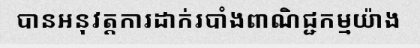
បានអនុវត្តការដាក់របាំងពាណិជ្ជកម្មយ៉ាង